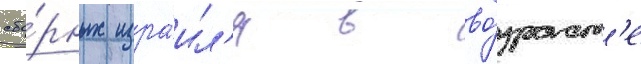
сбо́рных изра́ил'я в во́зраст'е